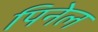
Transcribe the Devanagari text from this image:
पिनेल